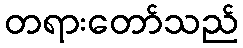
တရားတော်သည်